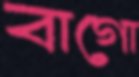
বাগো